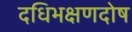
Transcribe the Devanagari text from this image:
दधिभक्षणदोष